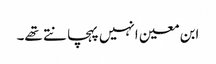
ابن معین انہیں پہچانتے تھے۔